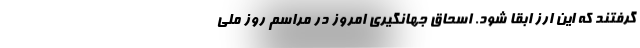
گرفتند که این ارز ابقا شود. اسحاق جهانگیری امروز در مراسم روز ملی